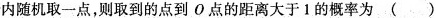
内随机取一点，则取到的点到O点的距离大于1的概率为()